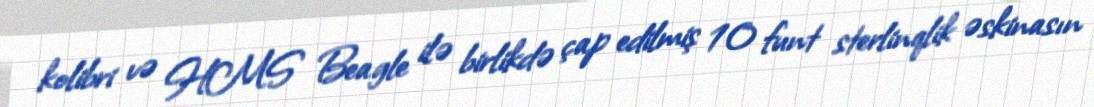
kolibri və HMS Beagle ilə birlikdə çap edilmiş 10 funt sterlinqlik əskinasın